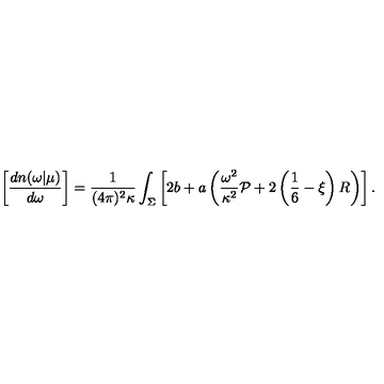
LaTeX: \left[ { \frac { d n ( \omega | \mu ) } { d \omega } } \right] = { \frac { 1 } { ( 4 \pi ) ^ { 2 } \kappa } } \int _ { \Sigma } \left[ 2 b + a \left( { \frac { \omega ^ { 2 } } { \kappa ^ { 2 } } } { \cal P } + 2 \left( \frac 1 6 - \xi \right) R \right) \right] .